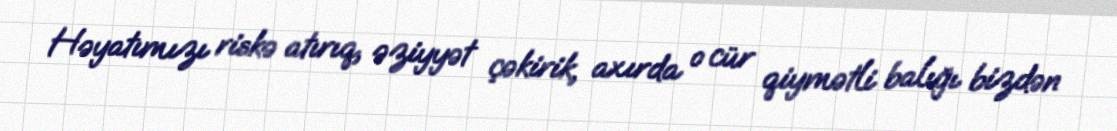
Həyatımızı riskə atırıq, əziyyət çəkirik, axırda o cür qiymətli balığı bizdən